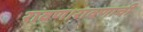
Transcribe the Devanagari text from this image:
रावण।रावणाची